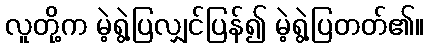
လူတို့က မဲ့ရွဲ့ပြလျှင်ပြန်၍ မဲ့ရွဲ့ပြတတ်၏။